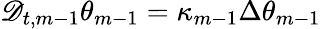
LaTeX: \mathscr{D}_{t,m-1}\theta_{m-1}=\kappa_{m-1}\Delta\theta_{m-1}